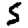
Digit: 5